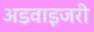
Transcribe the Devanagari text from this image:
अडवाइजरी